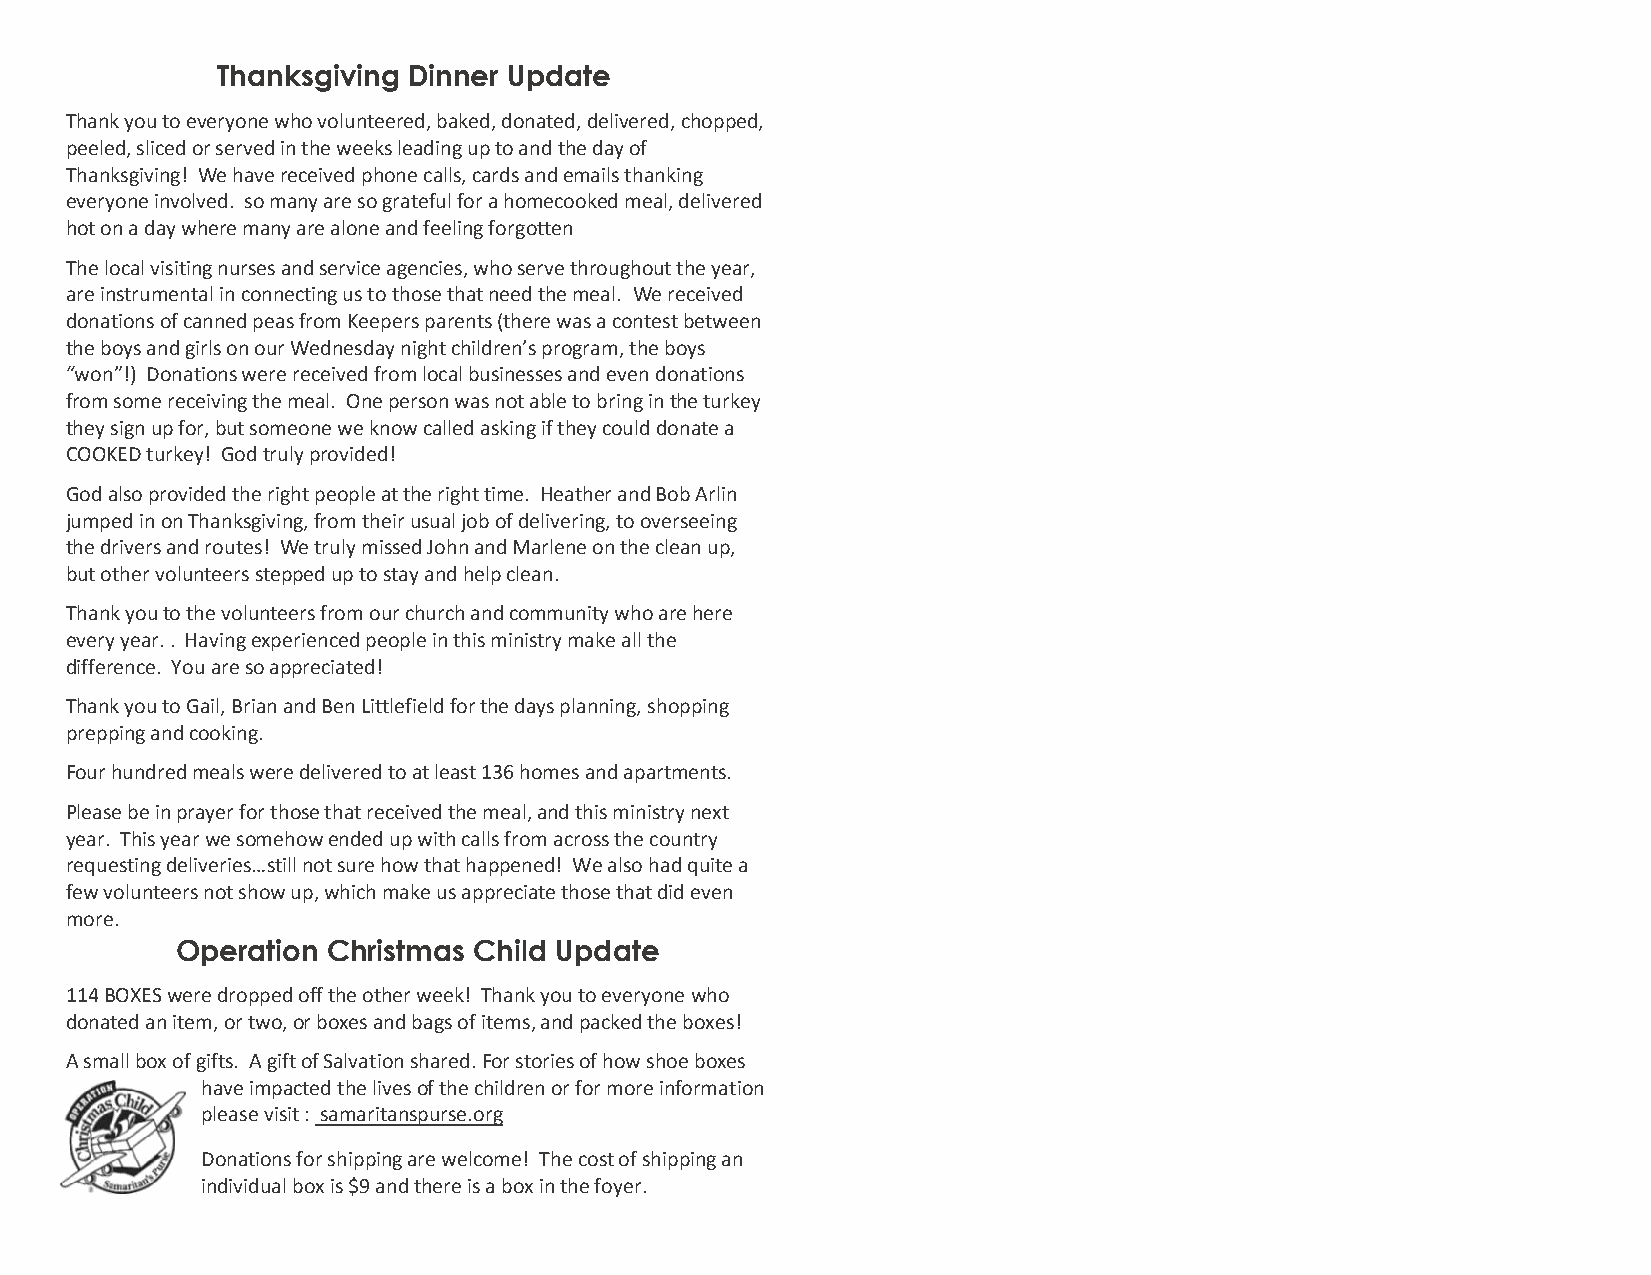
Thanksgiving Dinner Update
 Thank you to everyone who volunteered, baked, donated, delivered, chopped,
 peeled, sliced or served in the weeks leading up to and the day of
 Thanksgiving! We have received phone calls, cards and emails thanking
 everyone involved. so many are so grateful for a homecooked meal, delivered
 hot on a day where many are alone and feeling forgotten
 The local visiting nurses and service agencies, who serve throughout the year,
 are instrumental in connecting us to those that need the meal. We received
 donations of canned peas from Keepers parents (there was a contest between
 the boys and girls on our Wednesday night children’s program, the boys
 “won”!) Donations were received from local businesses and even donations
 from some receiving the meal. One person was not able to bring in the turkey
 they sign up for, but someone we know called asking if they could donate a
 COOKED turkey! God truly provided!
 God also provided the right people at the right time. Heather and Bob Arlin
 jumped in on Thanksgiving, from their usual job of delivering, to overseeing
 the drivers and routes! We truly missed John and Marlene on the clean up,
 but other volunteers stepped up to stay and help clean.
 Thank you to the volunteers from our church and community who are here
 every year. . Having experienced people in this ministry make all the
 difference. You are so appreciated!
 Thank you to Gail, Brian and Ben Littlefield for the days planning, shopping
 prepping and cooking.
 Four hundred meals were delivered to at least 136 homes and apartments.
 Please be in prayer for those that received the meal, and this ministry next
 year. This year we somehow ended up with calls from across the country
 requesting deliveries…still not sure how that happened! We also had quite a
 few volunteers not show up, which make us appreciate those that did even
 more.
 Operation Christmas Child Update
 114 BOXES were dropped off the other week! Thank you to everyone who
 donated an item, or two, or boxes and bags of items, and packed the boxes!
 A small box of gifts. A gift of Salvation shared. For stories of how shoe boxes
 have impacted the lives of the children or for more information
 please visit : samaritanspurse.org
 Donations for shipping are welcome! The cost of shipping an
 individual box is $9 and there is a box in the foyer.